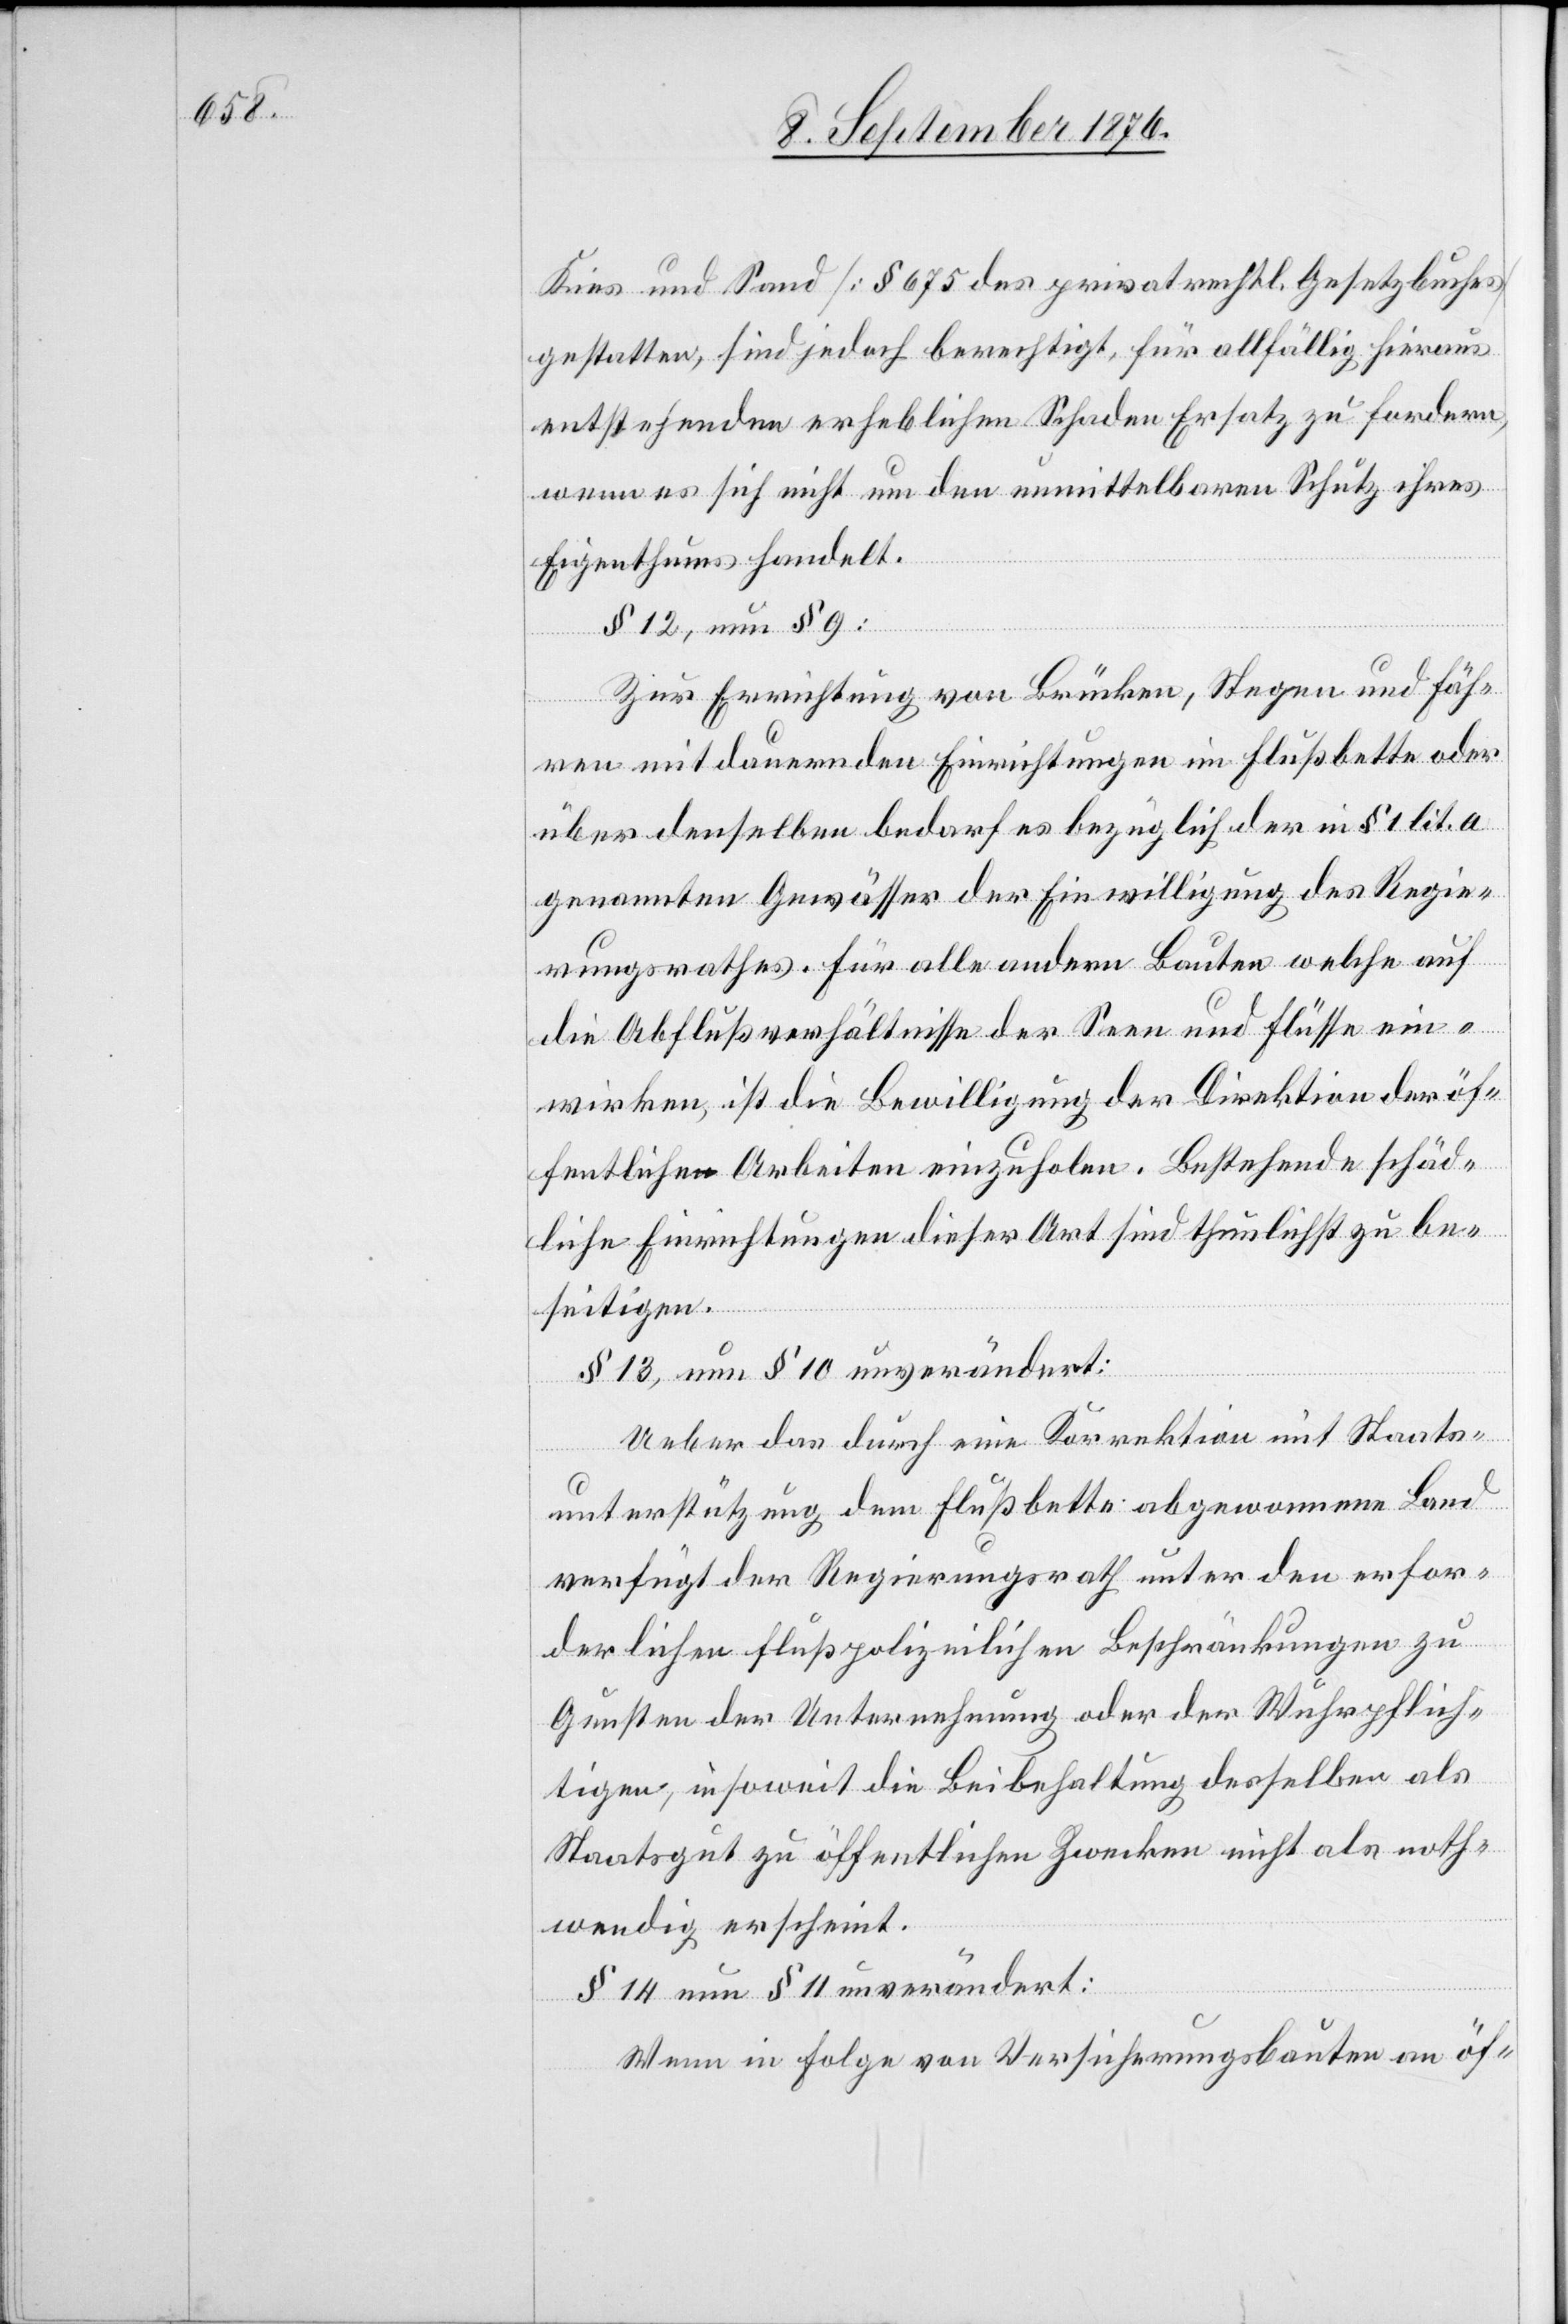
Kies und Sand [§ 675 des privatrechtl. Gesetzbuches]
gestatten, sind jedoch berechtigt, für allfällig hieraus
entstehenden erheblichen Schaden Ersatz zu fordern,
wenn es sich nicht um den unmittelbaren Schutz ihres
Eigenthums handelt.
§ 12, neu § 9:
Zur Errichtung von Brücken, Stegen und Fäh¬
ren mit dauernden Einrichtungen im Flußbette oder
über denselben bedarf es bezüglich der in § 1 lit. a
genannten Gewässer der Einwilligung des Regie¬
rungsrathes. Für alle andern Bauten welche auf
die Abflußverhältnisse der Seen und Flüsse ein¬
wirken, ist die Bewilligung der Direktion der öf¬
fentlichen Arbeiten einzuholen. Bestehende schäd¬
liche Einrichtungen dieser Art sind thunlichst zu be¬
seitigen.
§ 13, neu § 10 unverändert:
Ueber das durch eine Korrektion mit Staats¬
unterstützung dem Flußbette abgewonnene Land
verfügt der Regierungsrath unter den erfor¬
derlichen flußpolizeilichen Beschränkungen zu
Gunsten der Unternehmung oder der Wuhrpflich¬
tigen, insoweit die Beibehaltung derselben als
Staatsgut zu öffentlichen Zwecken nicht als noth¬
wendig erscheint.
§ 14 neu § 11 unverändert:
Wenn in Folge von Versicherungsbauten an öf-